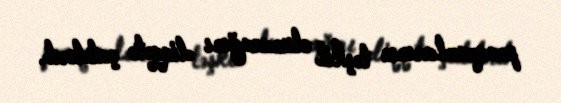
proqramlarının təşkil olunacağını diqqətə çatdırıb.